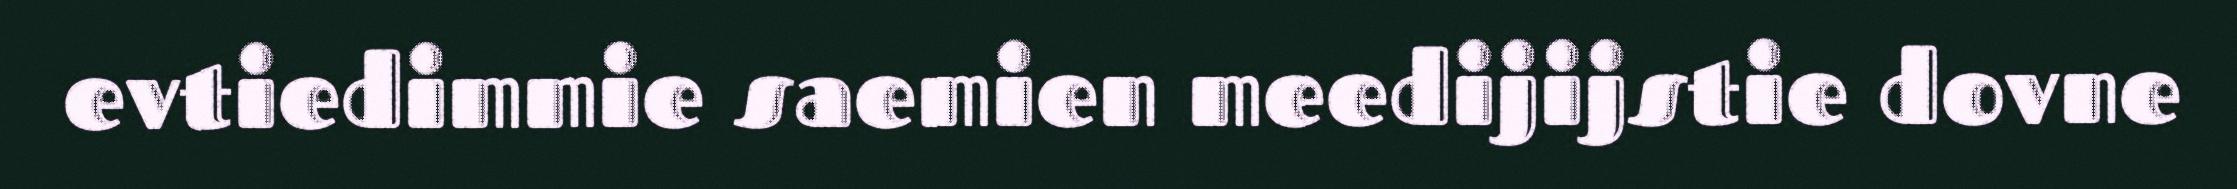
evtiedimmie saemien meedijijstie dovne